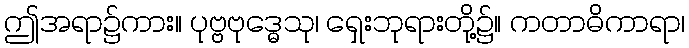
ဤအရာ၌ကား။ ပုဗ္ဗဗုဒ္ဓေသု၊ ရှေးဘုရားတို့၌။ ကတာဓိကာရာ၊